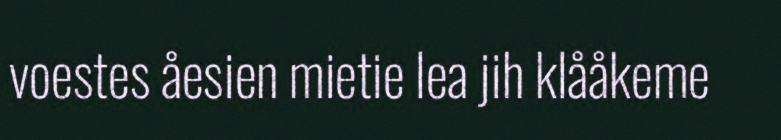
voestes åesien mietie lea jih klååkeme